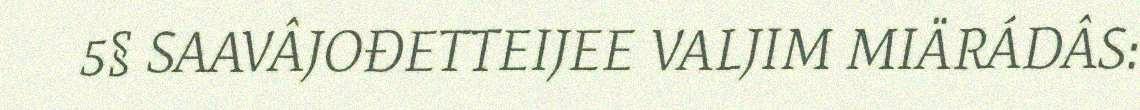
5§ SAAVÂJOĐETTEIJEE VALJIM MIÄRÁDÂS: